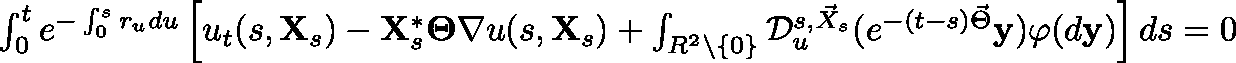
\begin{array} { r } { \int _ { 0 } ^ { t } e ^ { - \int _ { 0 } ^ { s } r _ { u } d u } \left[ u _ { t } ( s , \mathbf { X } _ { s } ) - \mathbf { X } _ { s } ^ { * } \mathbf { \Theta } \nabla u ( s , \mathbf { X } _ { s } ) + \int _ { { \mathbb R } ^ { 2 } \setminus \{ 0 \} } \mathcal { D } _ { u } ^ { s , \vec { X } _ { s } } ( e ^ { - ( t - s ) \vec { \Theta } } \mathbf { y } ) \varphi ( d \mathbf { y } ) \right] d s = 0 } \end{array}